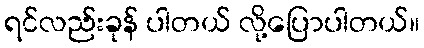
ရင်လည်းခုန် ပါတယ် လို့ပြောပါတယ်။